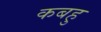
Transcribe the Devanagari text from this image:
कबहु